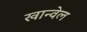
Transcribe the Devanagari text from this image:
खान्वेल